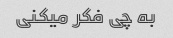
به چی فکر میکنی